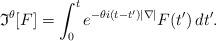
LaTeX: \begin{align*}\mathfrak I^\theta[F] = \int_0^t e^{-\theta i(t-t')|\nabla|}F(t')\,dt'.\end{align*}